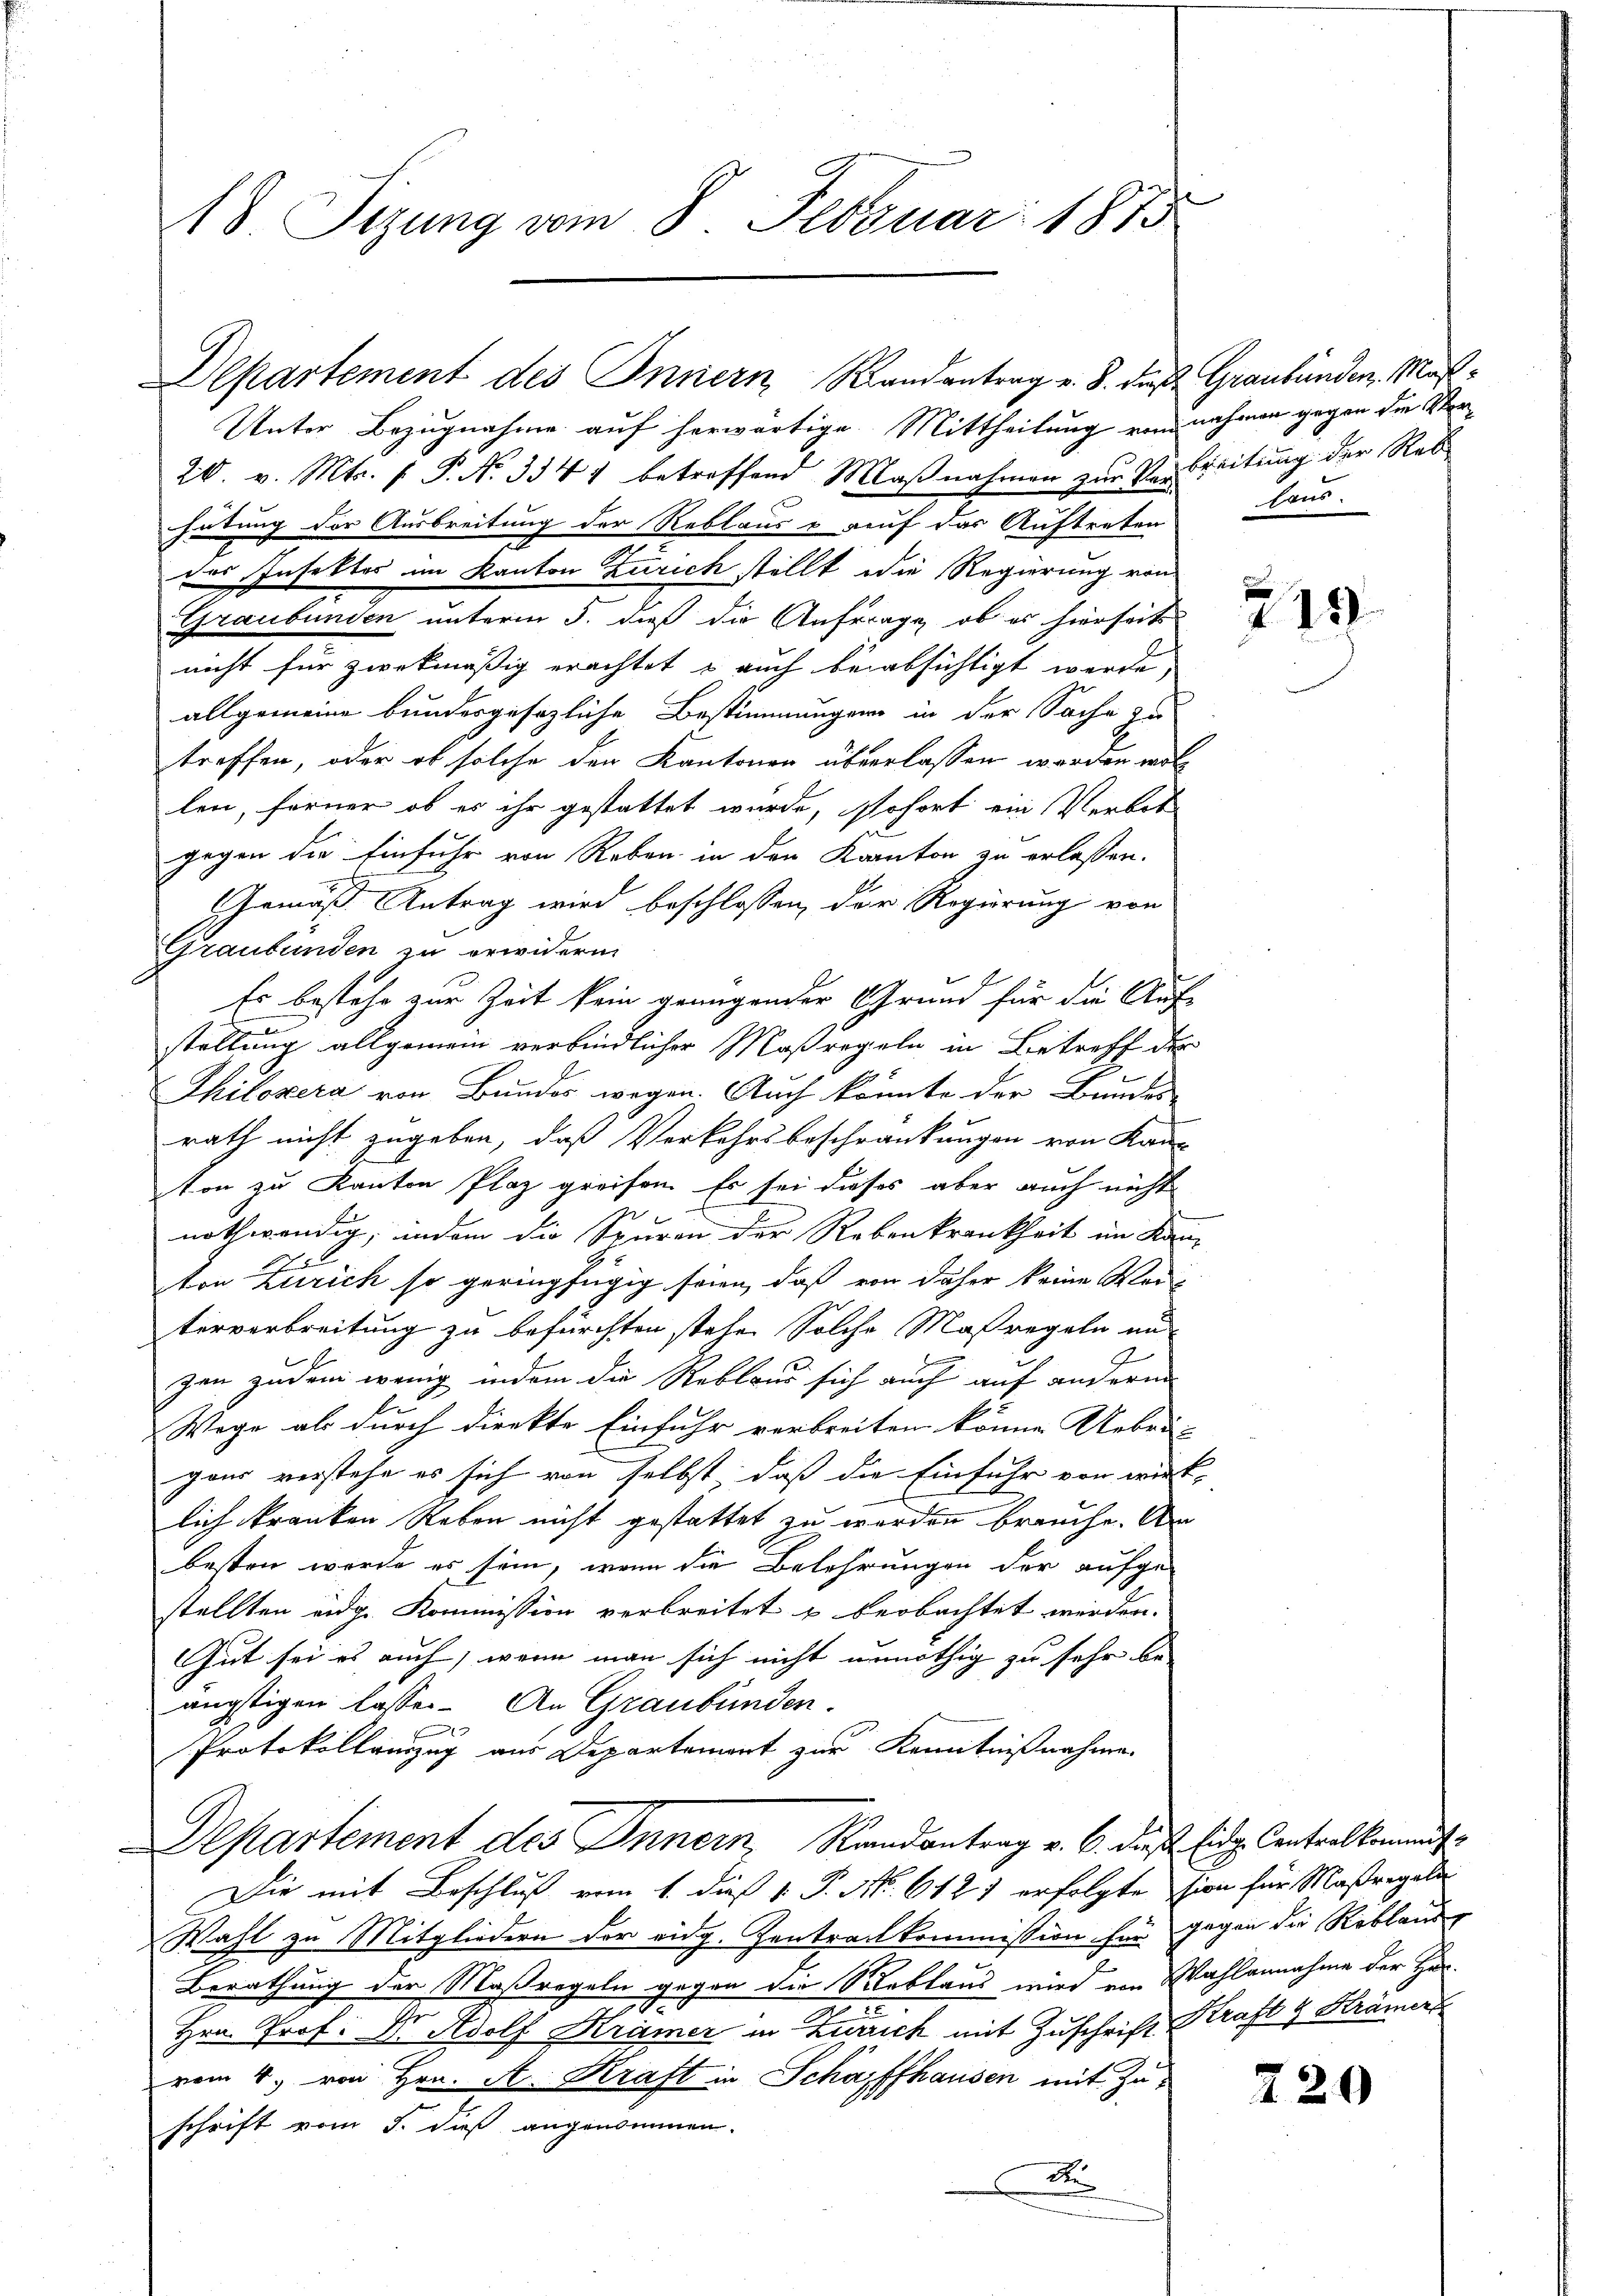
18. Sizung vom 8. Februar 1875

Unter Bezugnahme auf herwärtige Mittheilung vom nahmen gegen die Sta
20. v. Mts. f. P. Nr. 3347 betreffend Maßnahmen zur Verbreitung der Reb
hütung der Ausbreitung der Reblaus & auf das Auftreten
des Insektes im Kanton Zürich stellt die Regierung von
Graubünden unterm 5. dieß die Anfrage, ob es hierseits
nicht für zwekmäßig erachtet & auch beabsichtigt werde,
allgemeine bundesgesezliche Bestimmungen in der Sache zu
treffen, oder ob solche den Kantonen überlassen werden woll
len, ferner ob es ihr gestattet wurde, sofort ein Verbot
gegen die Einfuhr von Reben in den Kanton zu erlassen.
Gemäß Antrag wird beschlossen, der Regierung von
Graubünden zu erwidern.
Es bestehe zur Zeit kein genügender Grund für die Auf
stellung allgemein verbindlicher Maßregeln in Betreff der
Thilozera von Bundes wegen. Auch könnte der Bundes-
rath nicht zugeben, daß Verkehrsbeschränkungen von Kau-
ton zu Kanton Plaz greifen. Es sei dieses aber auch nicht
f
nothwendig, indem die Spuren der Rebenkrankheit im Kan-
Aton Zürich so geringfügig seien, daß von daher keine Weiterverbreitung zu befürchten stehe. Solche Maßregeln an
zen zudem wenig indem die Rebland sich auch auf andern
E
Wege als durch direkte Einfuhr verbreiten könne. Uebrin
ganz verstehe es sich von selbst, daß die Einfuhr von wirk-
lich kranken Reben nicht gestattet zu werden brauche. Am
besten werde es sein, wenn die Belehrungen der aufge-
stellten eidg. Kommission verbreitet u beobachtet werden.
Gut sei es auch, wenn man sich nicht unnöthig zu sehr be-
ängstigen lassen. An Graubünden
Protokollenzug aus Departemont zur Kenntnißnahme
Departement des Innern, Randantrag v. 6. das Eidg. Contralkommt
Die mit Beschluß vom 1. dieß v. P. Nr. 612 1 erfolgte sien für Maßregeln
Wahl zu Mitgliedern der eidg. Zentrachkommission für gegen die Rebland
Berathung der Maßregeln gegen die Stablaus wird von Wahlannahme der Her¬
Hrn. Prof. Dr. Adolf Krämer in Zürich mit Zuschrift Kraft & Krämers
vom 4. von Hrn. A. Kraft in Schaffhausen mit Zuschrift vom 5. dieß angenommen.
A
e

Departement des Innern Randantrag v. 8. die Graubünden Maß¬

laus.

219

220